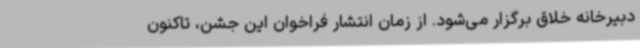
دبیرخانه خلاق برگزار می‌شود. از زمان انتشار فراخوان این جشن، تاکنون